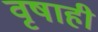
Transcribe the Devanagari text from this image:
वृषाही